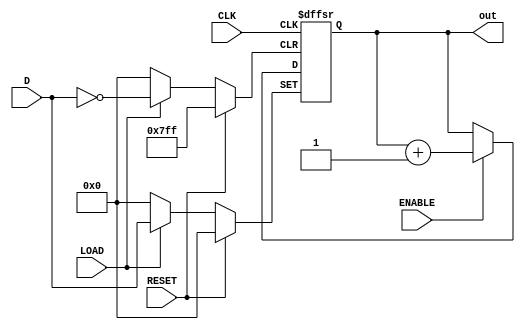
//EJ_1
module CounterLoad(input wire [10:0]D, input wire ENABLE, CLK, RESET, LOAD, output reg [10:0]out);

	always @(posedge CLK or posedge LOAD or posedge RESET)
		if (RESET) begin
			out <= 12'b0 ;
		end else if (LOAD) begin
			out <= D;
		end else if (ENABLE) begin
			out <= out + 1;
		end
endmodule 
//Ej_2
module ROM (input wire [10:0]AD, output wire [7:0]D);           
	reg [10:0] mem [0:4095] ;  
    
	assign D = mem[AD];
initial begin
  $readmemb("Memory.txt", mem); 
end

endmodule

//EJ_3
module ALU (input wire [3:0]A, input wire [3:0]B, input wire [2:0]sel, output reg [3:0]OUT); 
reg [4:0]X;
reg menor;
	always @ (A or B or sel) 
		case (sel) 
			0 : OUT = A&B; 
			1 : OUT = A | B; 
			2 : begin
				X = A + B; 
				OUT[0] = X[0];
				OUT[1] = X[1];
				OUT[2] = X[2];
				OUT[3] = X[3];
				end
			3 : OUT = 0;
			4 : OUT = A&~B;
			5 : OUT = A | ~B;
			6 : begin
				X = A - B; 
				OUT[0] = X[0];
				OUT[1] = X[1];
				OUT[2] = X[2];
				OUT[3] = X[3];
				end
			7 : begin
				menor = (A < B);
				if (menor)begin
				OUT = 4'b1111;
				end else begin
				OUT = 0;
				end
				end
			default : $display("Existe error"); 
		endcase 
    
endmodule